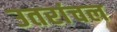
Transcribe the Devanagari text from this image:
उतरांचल